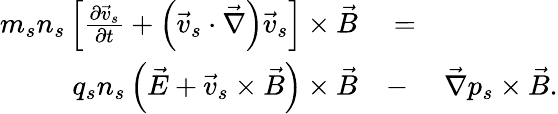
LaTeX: \begin{array}{rlr}{m_{s}n_{s}\left[\frac{\partial\vec{v}_{s}}{\partial t}+\left(\vec{v}_{s}\cdot\vec{\nabla}\right)\vec{v}_{s}\right]\times\vec{B}}&{{}=}&{}\\ {q_{s}n_{s}\left(\vec{E}+\vec{v}_{s}\times\vec{B}\right)\times\vec{B}}&{{}-}&{\vec{\nabla}p_{s}\times\vec{B}.}\end{array}